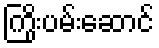
ကြိုးပမ်းဆောင်